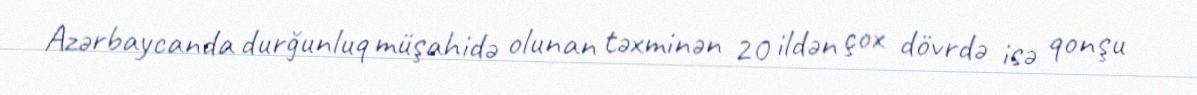
Azərbaycanda durğunluq müşahidə olunan təxminən 20 ildən çox dövrdə isə qonşu